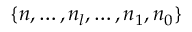
\{ \boldsymbol n , \dots , \boldsymbol n _ { l } , \dots , \boldsymbol n _ { 1 } , \boldsymbol n _ { 0 } \}